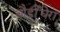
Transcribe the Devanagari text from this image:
बौर्डीघेरा